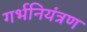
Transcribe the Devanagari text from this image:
गर्भनियंत्रण